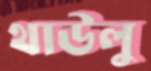
থাউলু